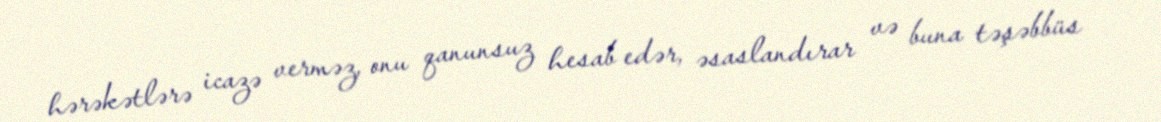
hərəkətlərə icazə verməz, onu qanunsuz hesab edər, əsaslandırar və buna təşəbbüs